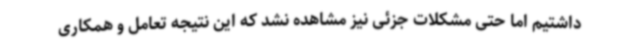
داشتیم اما حتی مشکلات جزئی نیز مشاهده نشد که این نتیجه تعامل و همکاری